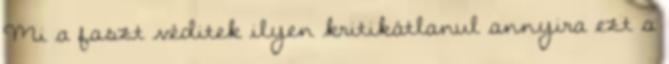
Mi a faszt véditek ilyen kritikátlanul annyira ezt a